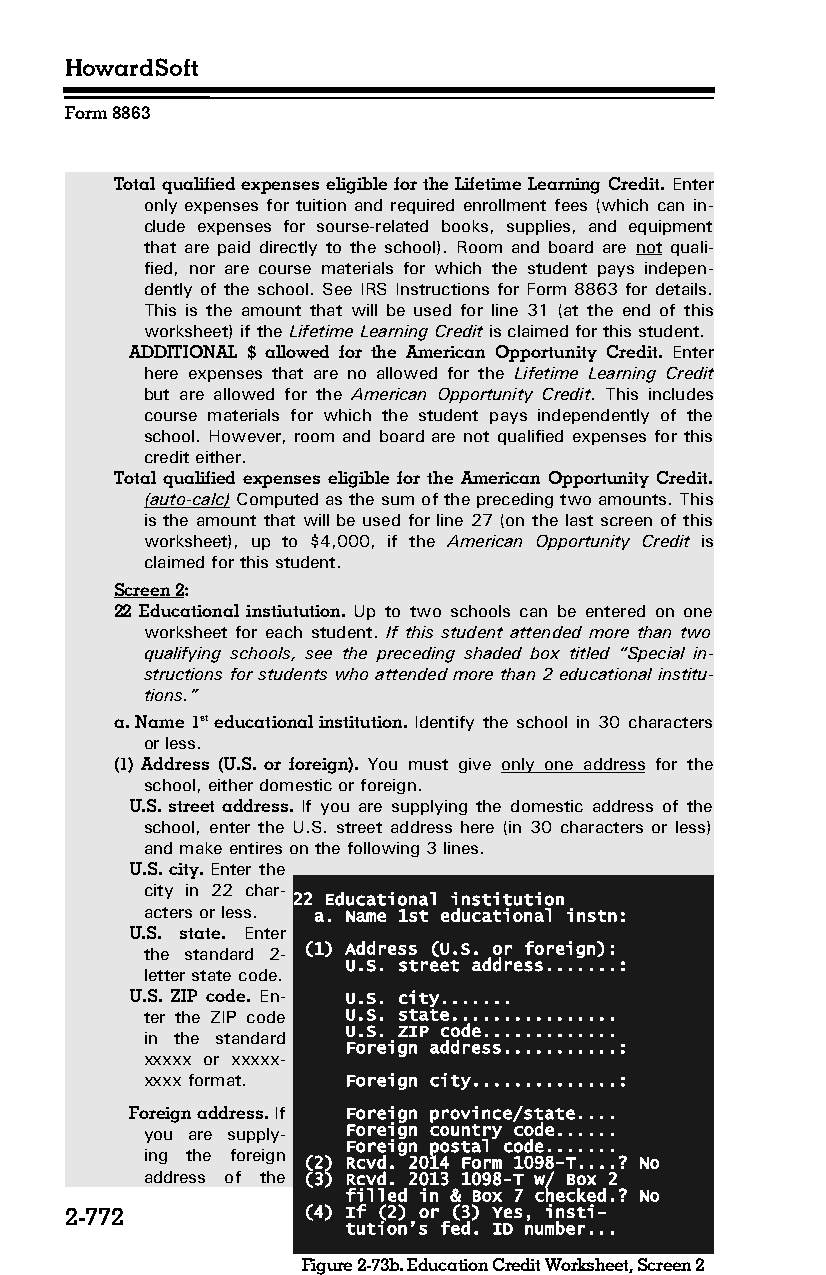
HowardSoft
 Form 8863
 Total qualified expenses eligible for the Lifetime Learning Credit. Enter
 only expenses for tuition and required enrollment fees (which can in­
 clude expenses for sourse-related books, supplies, and equipment
 that are paid directly to the school). Room and board are not quali­
 fied, nor are course materials for which the student pays indepen­
 dently of the school. See IRS Instructions for Form 8863 for details.
 This is the amount that will be used for line 31 (at the end of this
 worksheet) if the Lifetime Learning Credit is claimed for this student.
 ADDITIONAL $ allowed for the American Opportunity Credit. Enter
 here expenses that are no allowed for the Lifetime Learning Credit
 but are allowed for the American Opportunity Credit. This includes
 course materials for which the student pays independently of the
 school. However, room and board are not qualified expenses for this
 credit either.
 Total qualified expenses eligible for the American Opportunity Credit.
 (auto-calc) Computed as the sum of the preceding two amounts. This
 is the amount that will be used for line 27 (on the last screen of this
 worksheet), up to $4,000, if the American Opportunity Credit is
 claimed for this student.
 Screen 2:
 22 Educational instiutution. Up to two schools can be entered on one
 worksheet for each student. If this student attended more than two
 qualifying schools, see the preceding shaded box titled “Special in­
 structions for students who attended more than 2 educational institu­
 tions.”
 a. Name 1st educational institution. Identify the school in 30 characters
 or less.
 (1) Address (U.S. or foreign). You must give only one address for the
 school, either domestic or foreign.
 U.S. street address. If you are supplying the domestic address of the
 school, enter the U.S. street address here (in 30 characters or less)
 and make entires on the following 3 lines.
 U.S. city. Enter the
 city in 22 char­
 22 Educational institution
 acters or less. a. Name 1st educational instn:
 U.S. state. Enter
 the standard 2- (1) Address (U.S. or foreign):
 U.S. street address.......:
 letter state code.
 U.S. ZIP code. En­ U.S. city.......
 ter the ZIP code U.S. state................
 U.S. ZIP code.............
 in the standard
 Foreign address...........:
 xxxxx or xxxxx-
 xxxx format. Foreign city..............:
 Foreign address. If Foreign province/state....
 you are supply­ Foreign country code......
 Foreign postal code.......
 ing the foreign
 (2) Rcvd. 2014 Form 1098-T....? No
 address of the (3) Rcvd. 2013 1098-T w/ Box 2
 filled in & Box 7 checked.? No
 2-772           (4) If (2) or (3) Yes, insti-
 tution’s fed. ID number...
 Figure 2-73b. Education Credit Worksheet, Screen 2